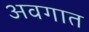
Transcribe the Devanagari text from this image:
अवगात